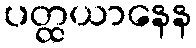
ပတ္ထယာနေန